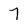
Character: 7